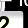
Digit: 2